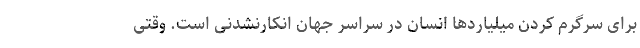
برای سرگرم کردن میلیاردها انسان در سراسر جهان انکارنشدنی است. وقتی